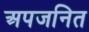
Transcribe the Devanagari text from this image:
अपजनित